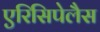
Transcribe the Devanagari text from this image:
एरिसिपेलैस